Vaccination in Bombay 1889-1901 - 1889-1901
Year: 1889
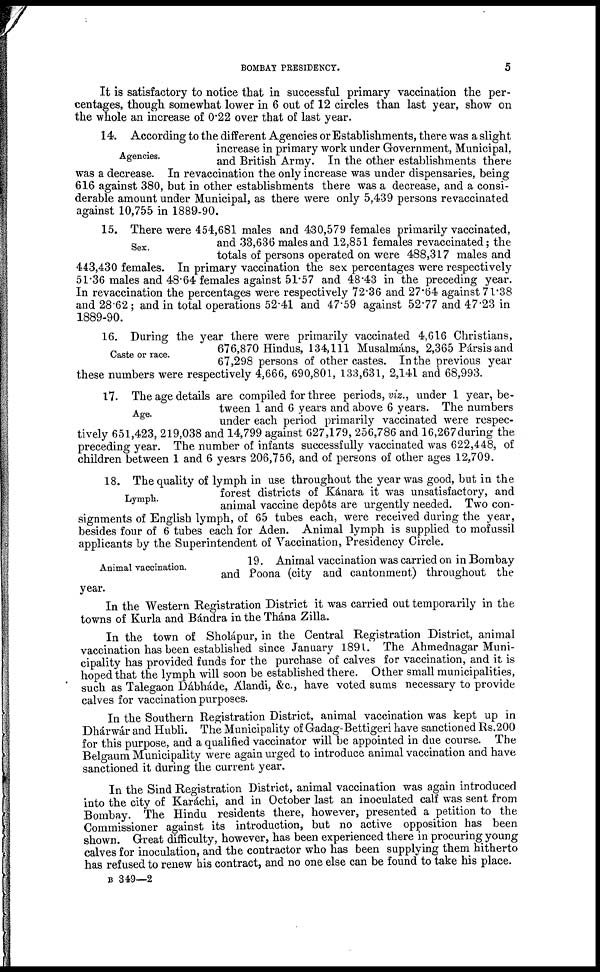
BOMBAY PRESIDENCY.
5
It is satisfactory to notice that in successful primary vaccination the per-
centages, though somewhat lower in 6 out of 12 circles than last year, show on
the whole an increase of 0.22 over that of last year.
Agencies.
14. According to the different Agencies or Establishments, there was a slight
increase in primary work under Government, Municipal,
and British Army. In the other establishments there
was a decrease. In revaccination the only increase was under dispensaries, being
616 against 380, but in other establishments there was a decrease, and a consi-
derable amount under Municipal, as there were only 5,439 persons revaccinated
against 10,755 in 1889-90.
Sex.
15. There were 454,681 males and 430,579 females primarily vaccinated,
and 33,636 males and 12,851 females revaccinated; the
totals of persons operated on were 488,317 males and
443,430 females. In primary vaccination the sex percentages were respectively
51.36 males and 48.64 females against 51.57 and 48.43 in the preceding year.
In revaccination the percentages were respectively 72.36 and 27.64 against 71.38
and 28.62 ; and in total operations 52.41 and 47.59 against 52.77 and 47.23 in
1889-90.
Caste or race.
16. During the year there were primarily vaccinated 4,616 Christians,
676,870 Hindus, 134,111 Musalmáns, 2,365 Pársis and
67,298 persons of other castes. In the previous year
these numbers were respectively 4,666, 690,801, 133,631, 2,141 and 68,993.
Age.
17. The age details are compiled for three periods, viz., under 1 year, be-
tween 1 and 6 years and above 6 years. The numbers
under each period primarily vaccinated were respec-
tively 651,423, 219,038 and 14,799 against 627,179, 256,786 and 16,267during the
preceding year. The number of infants successfully vaccinated was 622,448, of
children between 1 and 6 years 206,756, and of persons of other ages 12,709.
Lymph.
18. The quality of lymph in use throughout the year was good, but in the
forest districts of Kánara it was unsatisfactory, and
animal vaccine depôts are urgently needed. Two con-
signments of English lymph, of 65 tubes each, were received during the year,
besides four of 6 tubes each for Aden. Animal lymph is supplied to mofussil
applicants by the Superintendent of Vaccination, Presidency Circle.
Animal vaccination.
19. Animal vaccination was carried on in Bombay
and Poona (city and cantonment) throughout the
year.
In the Western Registration District it was carried out temporarily in the
towns of Kurla and Bándra in the Thána Zilla.
In the town of Sholápur, in the Central Registration District, animal
vaccination has been established since January 1891. The Ahmednagar Muni-
cipality has provided funds for the purchase of calves for vaccination, and it is
hoped that the lymph will soon be established there. Other small municipalities,
such as Talegaon Dábháde, Álandi, &c., have voted sums necessary to provide
calves for vaccination purposes.
In the Southern Registration District, animal vaccination was kept up in
Dhárwár and Hubli. The Municipality of Gadag-Bettigeri have sanctioned Rs.200
for this purpose, and a qualified vaccinator will be appointed in due course. The
Belgaum Municipality were again urged to introduce animal vaccination and have
sanctioned it during the current year.
In the Sind Registration District, animal vaccination was again introduced
into the city of Karáchi, and in October last an inoculated calf was sent from
Bombay. The Hindu residents there, however, presented a petition to the
Commissioner against its introduction, but no active opposition has been
shown. Great difficulty, however, has been experienced there in procuring young
calves for inoculation, and the contractor who has been supplying them hitherto
has refused to renew his contract, and no one else can be found to take his place.
B 349—2